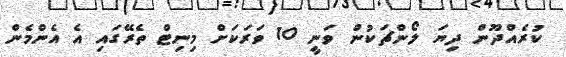
ކުރެއްދޫން ދިޔަ ލޯންޗަކުން ވަނީ 10 ވަރަކަށް މިނިޓް ތެރޭގައި އެ އެންމެން